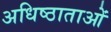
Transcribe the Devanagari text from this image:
अधिष्ठाताओं